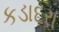
કડાદરા